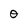
Character: O